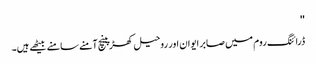
''
ڈرائنگ روم میں صابر ایوان اور روحیل کھڑپینچ آمنے سامنے بیٹھے ہیں۔